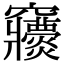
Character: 𥩒